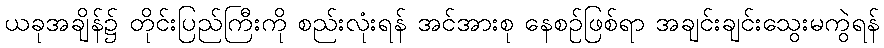
ယခုအချိန်၌ တိုင်းပြည်ကြီးကို စည်းလုံးရန် အင်အားစု နေစဉ်ဖြစ်ရာ အချင်းချင်းသွေးမကွဲရန်